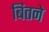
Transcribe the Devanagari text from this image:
बितने